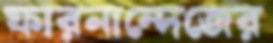
ফারনান্দেজের